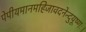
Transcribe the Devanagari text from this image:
पेपीयमानमहिजावदनेन्दुयूष्णः।